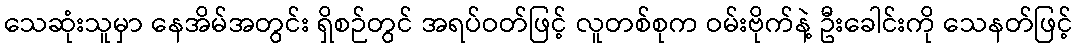
သေဆုံးသူမှာ နေအိမ်အတွင်း ရှိစဉ်တွင် အရပ်ဝတ်ဖြင့် လူတစ်စုက ဝမ်းဗိုက်နဲ့ ဦးခေါင်းကို သေနတ်ဖြင့်